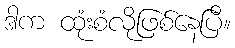
ဒါက ထုံးစံလိုဖြစ်နေပြီ။